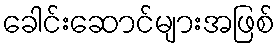
ခေါင်းဆောင်များအဖြစ်